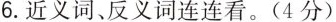
6. 近义词、反义词连连看。(4分)